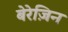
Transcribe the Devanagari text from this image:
बेरेज़िन